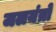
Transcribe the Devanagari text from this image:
जलयंत्रों